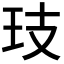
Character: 𭸷